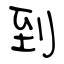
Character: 到